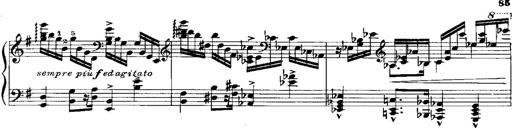
Title: RÃ©miniscences de Norma de Bellini
Composer: Franz Liszt